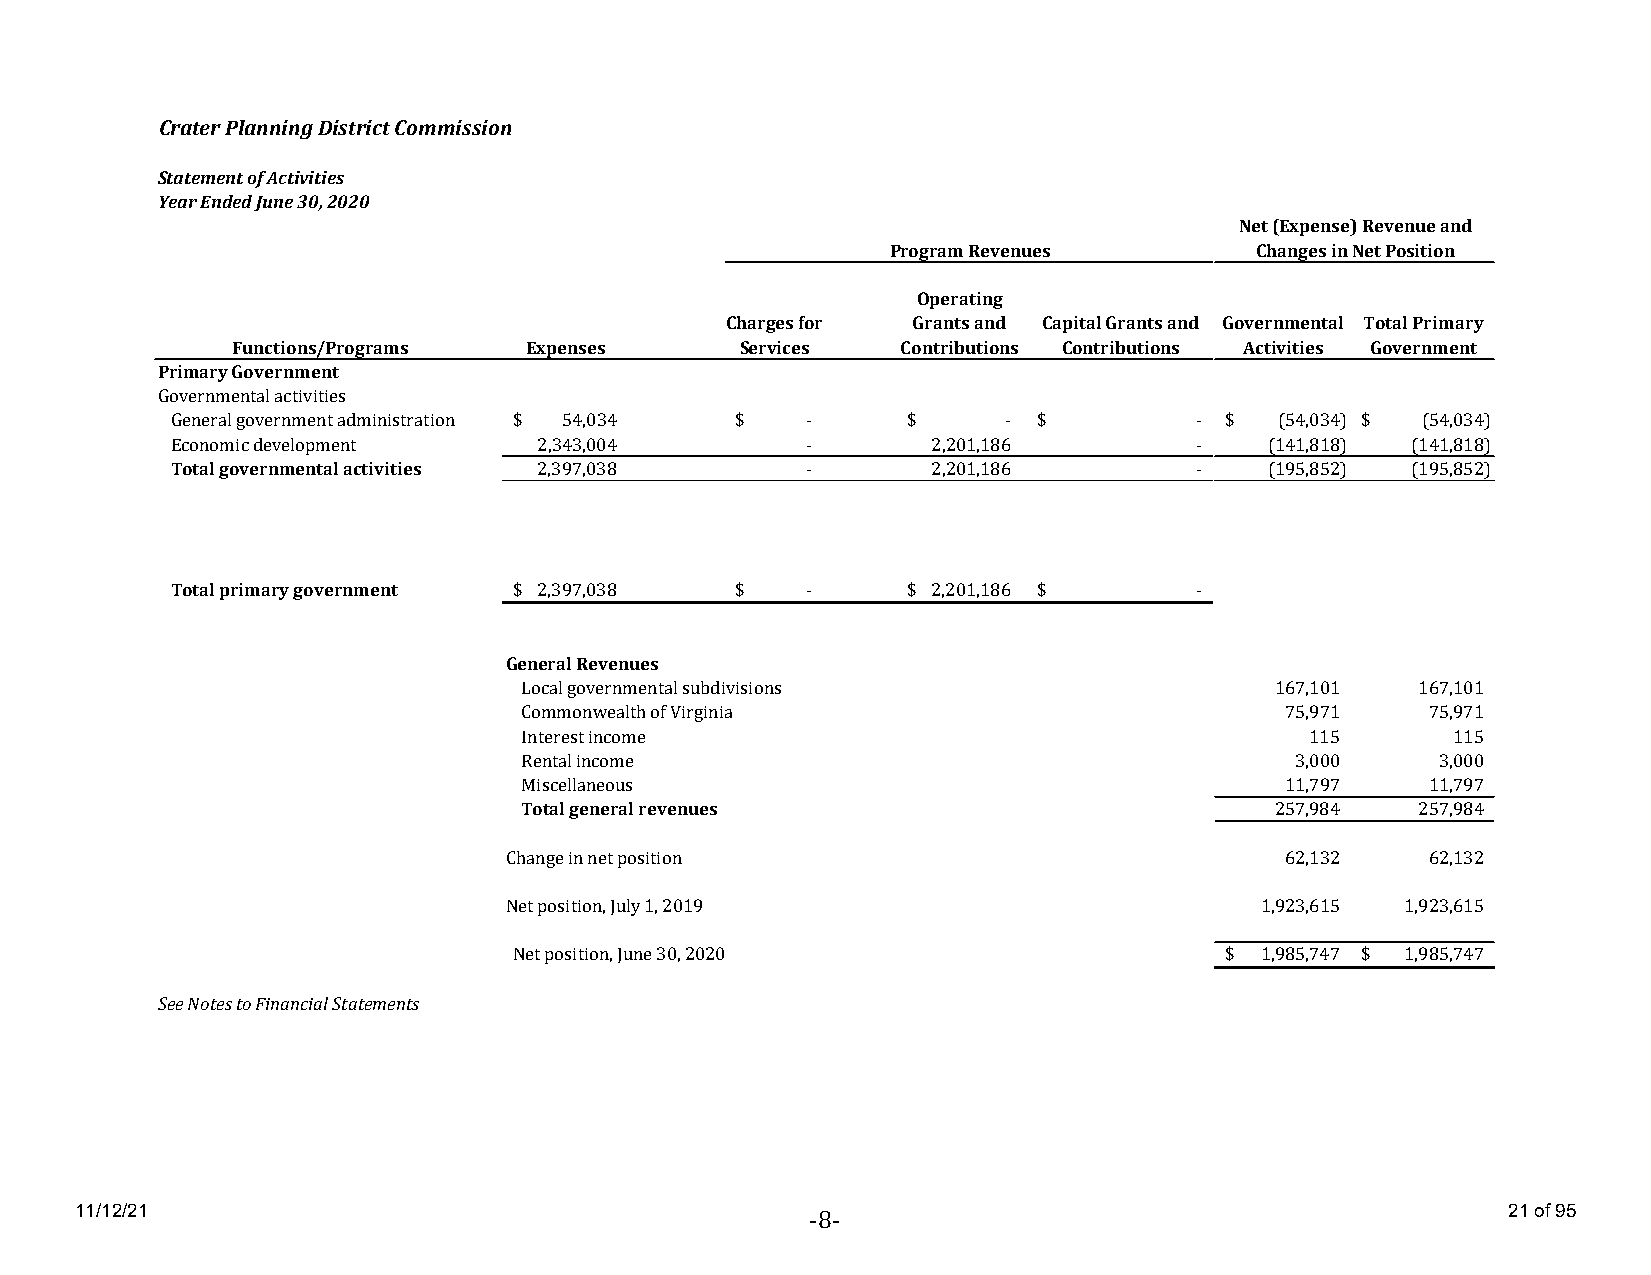
Crater Planning District Commission
 Statement of Activities
 Year Ended June 30, 2020
 Net (Expense) Revenue and
 Program Revenues        Changes in Net Position
 Operating
 Charges for Grants and Capital Grants and Governmental Total Primary
 Functions/Programs  Expenses      Services   Contributions Contributions Activities Government
 Primary Government
 Governmental activities
 General government administration $ 5 4,034 $ -  $     -  $         - $   (54,034) $ (54,034)
 Economic development     2,343,004        -        2,201,186        -    (141,818) (141,818)
 Total governmental activities 2,397,038   -        2,201,186        -    (195,852) (195,852)
 Total primary government $ 2 ,397,038 $   -      $ 2 ,201,186 $     -
 General Revenues
 Local governmental subdivisions                   167,101   167,101
 Commonwealth of Virginia                           7 5,971   75,971
 Interest income                                      1 15     1 15
 Rental income                                       3,000    3,000
 Miscellaneous                                      1 1,797   11,797
 Total general revenues                            257,984   257,984
 Change in net position                              6 2,132   62,132
 Net position, July 1, 2019                        1,923,615 1,923,615
 Net position, June 30, 2020                    $ 1,985,747 $ 1,985,747
 See Notes to Financial Statements
 11/12/21                                                                                       21 of 95
 -8-